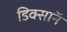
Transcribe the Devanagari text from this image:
डिक्साॅन